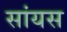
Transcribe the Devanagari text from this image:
सांयस